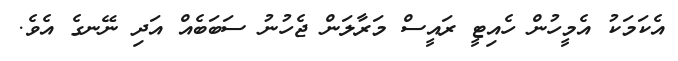
އެކަމަކު އެމީހުން ހެއިޓީ ރައީސް މަރާލަން ޖެހުނު ސަބަބެއް އަދި ނޭނގެ އެވެ.